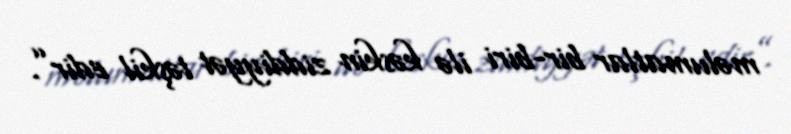
məlumatlar bir-biri ilə kəskin ziddiyyət təşkil edir”.